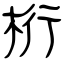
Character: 桁